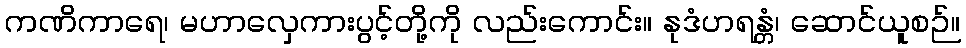
ကဏိကာရေ၊ မဟာလှေကားပွင့်တို့ကို လည်းကောင်း။ နုဒံဟရန္တံ၊ ဆောင်ယူစဉ်။